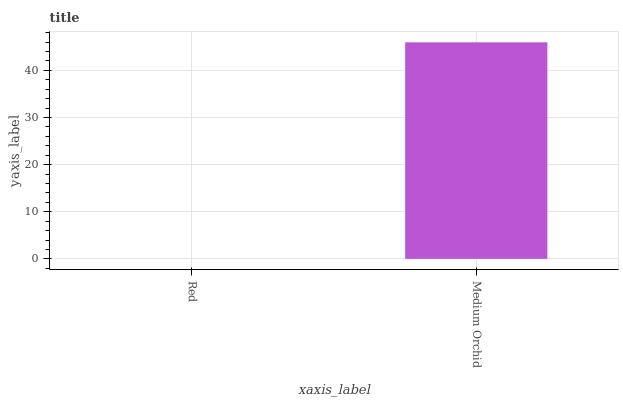
| xaxis_label | bars |
 | --- | --- |
 | Red | 0 |
 | Medium Orchid | 46 |